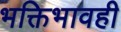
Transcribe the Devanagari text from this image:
भक्तिभावही